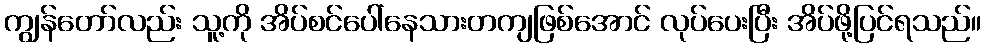
ကျွန်တော်လည်း သူ့ကို အိပ်စင်ပေါ်နေသားတကျဖြစ်အောင် လုပ်ပေးပြီး အိပ်ဖို့ပြင်ရသည်။